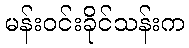
မန်းဝင်းခိုင်သန်းက